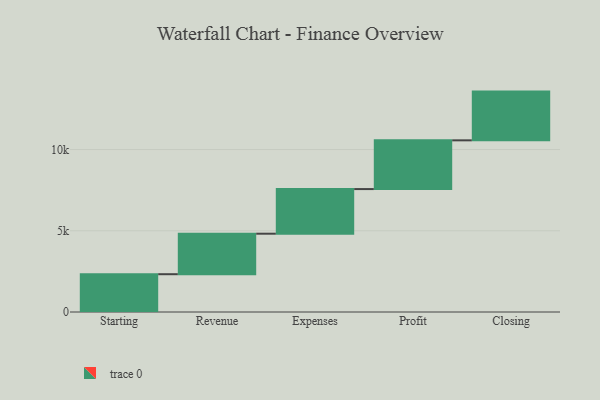
{"axis": {"x": "Step", "y": "Value"}, "legend": [""], "data": [{"x": "Starting", "y": 2327.0, "type": ""}, {"x": "Revenue", "y": 2493.0, "type": ""}, {"x": "Expenses", "y": 2747.0, "type": ""}, {"x": "Profit", "y": 3000, "type": ""}, {"x": "Closing", "y": 3000, "type": ""}]}